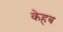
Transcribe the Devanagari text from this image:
केहब